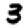
Digit: 3